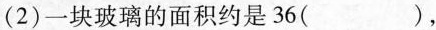
(2)一块玻璃的面积约是36( )，